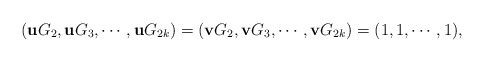
\begin{align*}(\mathbf{u}G_2,\mathbf{u}G_3,\cdots,\mathbf{u}G_{2k})=(\mathbf{v}G_2,\mathbf{v}G_3,\cdots,\mathbf{v}G_{2k})=(1,1,\cdots,1),\end{align*}